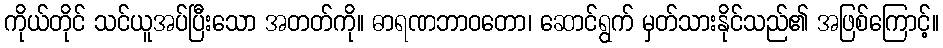
ကိုယ်တိုင် သင်ယူအပ်ပြီးသော အတတ်ကို။ ဓာရဏဘာဝတော၊ ဆောင်ရွက် မှတ်သားနိုင်သည်၏ အဖြစ်ကြောင့်။